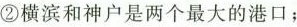
②横滨和神户是两个最大的港口；